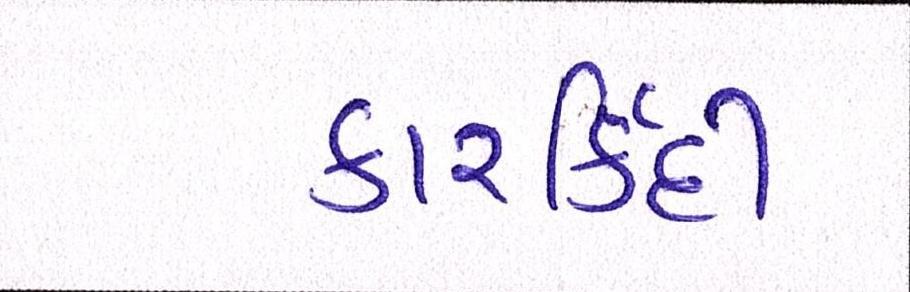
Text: કારર્કિદી